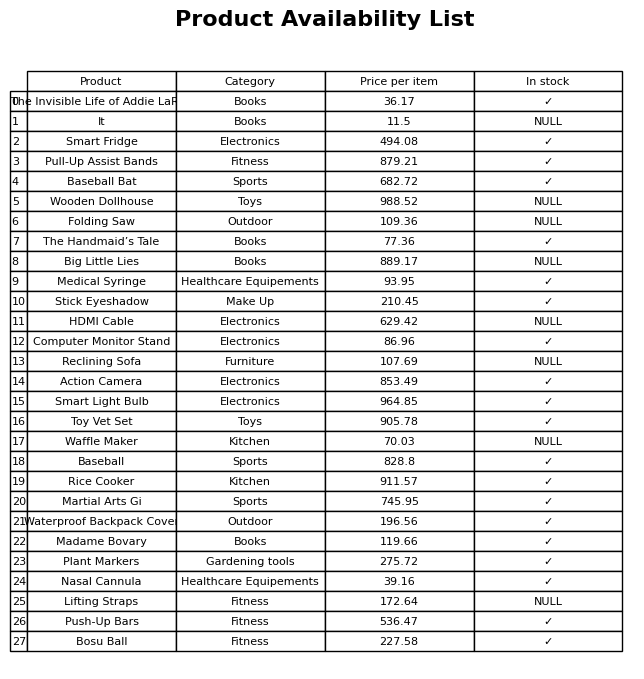
question: What is the price of the Stick Eyeshadow?
answer: The price of Stick Eyeshadow is 210.45.